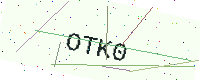
Text: OTK0